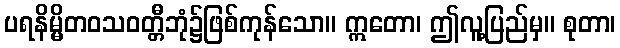
ပရနိမ္မိတဝသဝတ္တီဘုံ၌ဖြစ်ကုန်သော။ ဣတော၊ ဤလူ့ပြည်မှ။ စုတာ၊